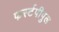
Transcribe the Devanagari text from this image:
फर्स्टपीपुल